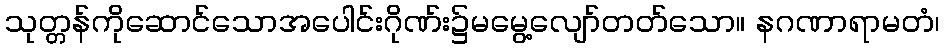
သုတ္တန်ကိုဆောင်သောအပေါင်းဂိုဏ်း၌မမွေ့လျော်တတ်သော။ နဂဏာရာမတံ၊